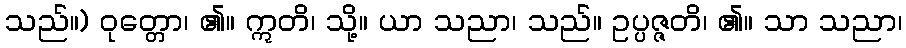
သည်။) ဝုတ္တော၊ ၏။ ဣတိ၊ သို့။ ယာ သညာ၊ သည်။ ဥပ္ပဇ္ဇတိ၊ ၏။ သာ သညာ၊